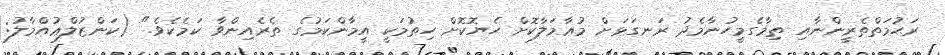
ރަޙުމަތްތެރީންނާއި ތިމާގެމީހުނާމެދު ރަނގަޅަށް މުޢާމަލާކޮށް ހެޔޮކޮށް ހިތުމަކީ އީމާންކަމުގެ ތެރެއިންވާ ކަމެކެވެ." (ކަންޒުލްޢުއްމާލު: